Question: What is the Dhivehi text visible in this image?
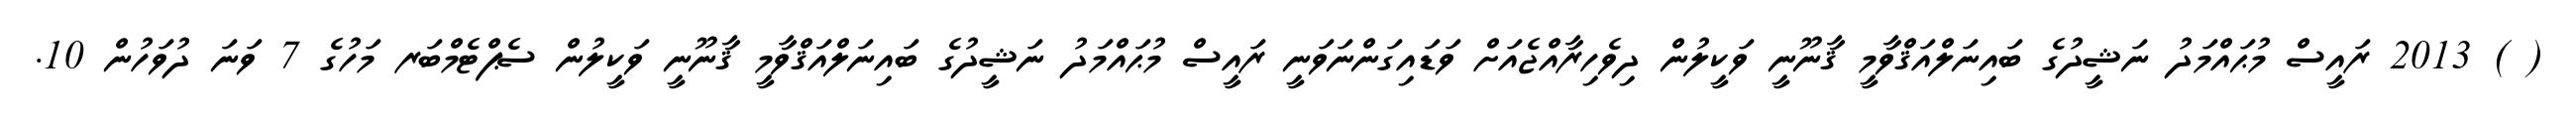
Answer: ( ) 2013 ރައީސް މުޙައްމަދު ނަޝީދުގެ ބައިނަލްއަޤްވާމީ ޤާނޫނީ ވަކީލުން ދިވެހިރާއްޖެއަށް ވަޑައިގަންނަވަނީ ރައީސް މުޙައްމަދު ނަޝީދުގެ ބައިނަލްއަޤްވާމީ ޤާނޫނީ ވަކީލުން ސެޕްޓެމްބަރ މަހުގެ 7 ވަނަ ދުވަހުން 10.